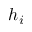
h _ { i }